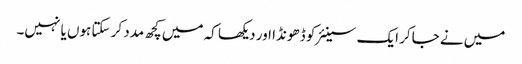
میں نے جاکر ایک سینئر کو ڈھونڈا اور دیکھا کہ میں کچھ مدد کر سکتا ہوں یا نہیں۔